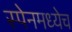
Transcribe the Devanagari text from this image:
स्पेनमध्येच